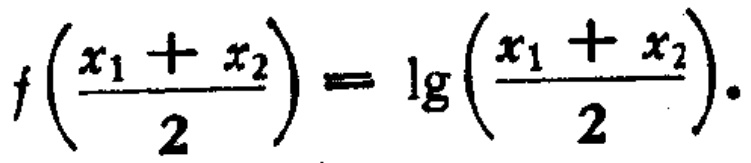
\[f\left(\frac{x_1 + x_2}{2}\right) = \lg\left(\frac{x_1 + x_2}{2}\right).\]